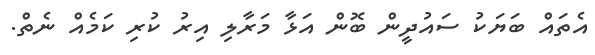
އެތައް ބަޔަކު ސައުދީން ބޮން އަޅާ މަރާލި އިރު ކުރި ކަމެއް ނެތް.